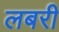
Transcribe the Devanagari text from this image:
लबरी